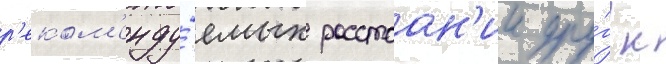
р'еком'енду́емых расстоан'ии дру́г к